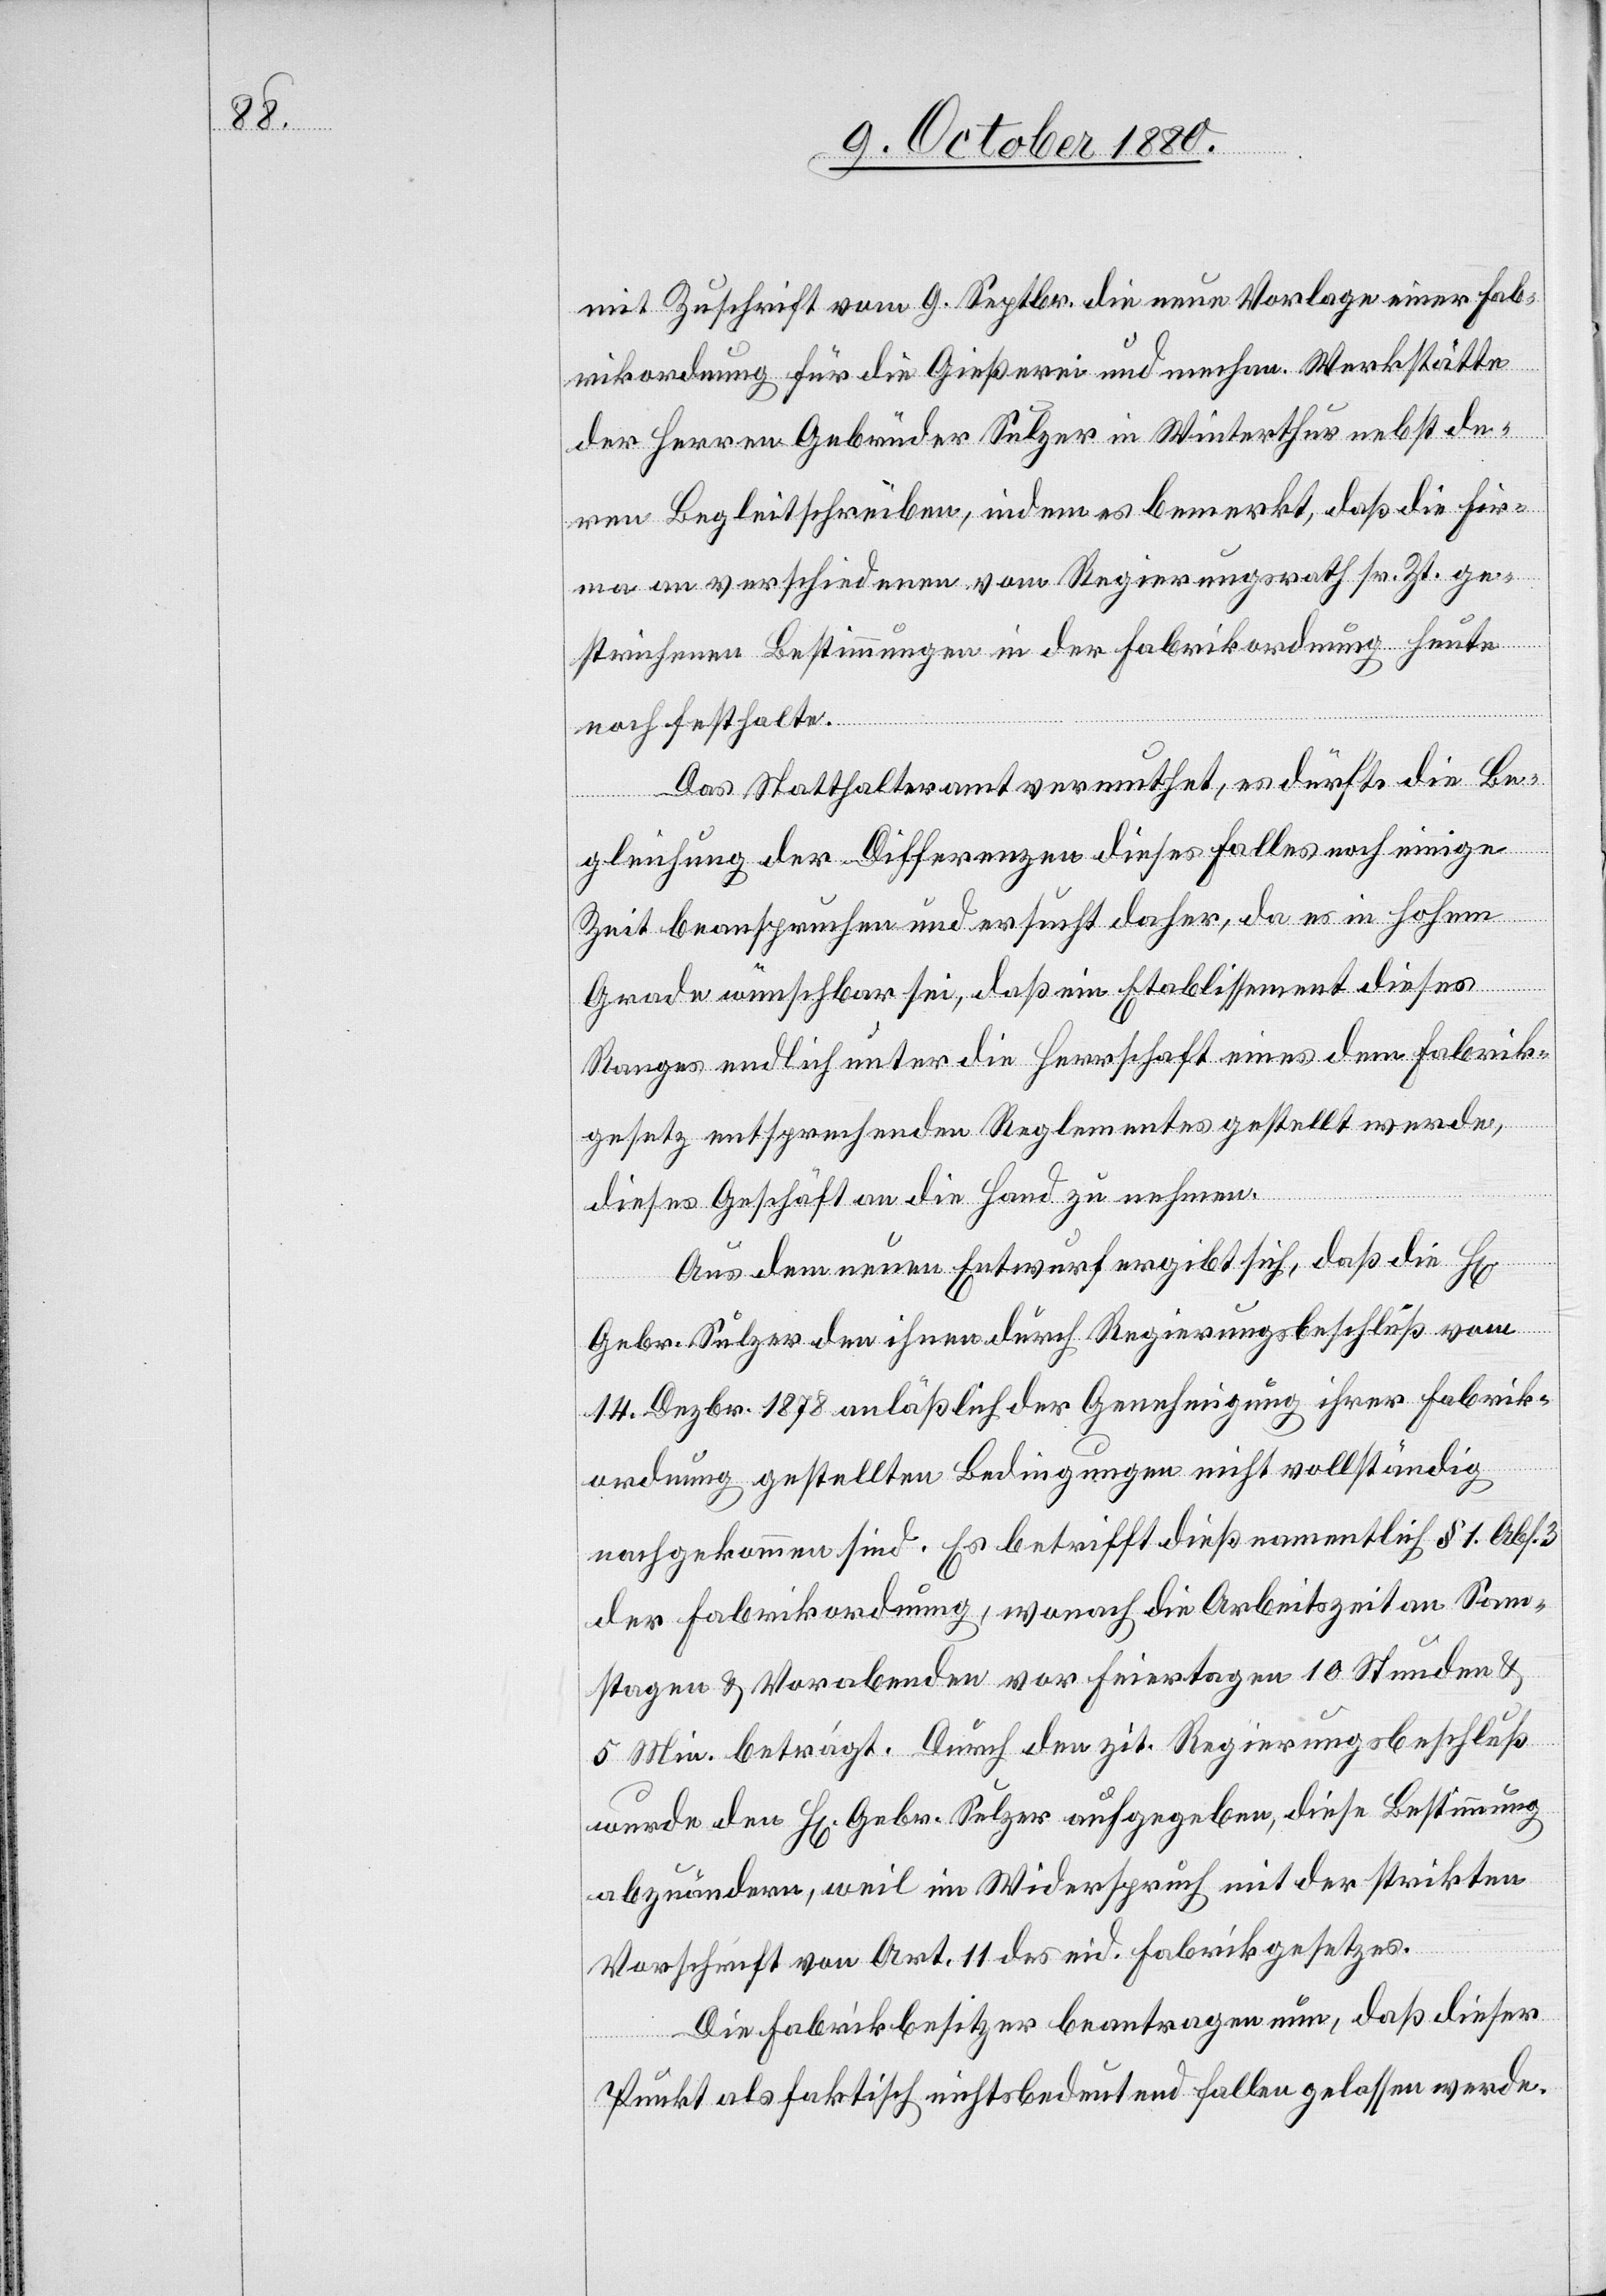
mit Zuschrift vom 9. Septbr. die neue Vorlage einer Fab¬
rikordnung für die Gießerei und mechan. Werkstätte
der Herren Gebrüder Sulzer in Winterthur nebst de¬
ren Begleitschreiben, indem es bemerkt, daß die Fir¬
ma an verschiedenen vom Regierungsrath sr. Zt. ge¬
strichenen Bestimmungen in der Fabrikordnung heute
noch festhalte.
Das Statthalteramt vermuthet, es dürfte die Be¬
gleichung der Differenzen dieses Falles noch einige
Zeit beanspruchen und ersucht daher, da es in hohem
Grade wünschbar sei, daß ein Etablissement dieses
Ranges endlich unter die Herrschaft eines dem Fabrik¬
gesetz entsprechenden Reglementes gestellt werde,
dieses Geschäft an die Hand zu nehmen.
Aus dem neuen Entwurf ergibt sich, daß die H[erren]
Gebr. Sulzer den ihnen durch Regierungsbeschluß vom
14. Dezbr. 1878 anläßlich der Genehmigung ihrer Fabrik¬
ordnung gestellten Bedingungen nicht vollständig
nachgekommen sind. Es betrifft dieß namentlich § 1, Abs.
der Fabrikordnung, wonach die Arbeitszeit an Sam¬
stagen & Vorabenden vor Feiertagen 10 Stunden &
5 Min. beträgt. Durch den zit. Regierungsbeschluß
wurde den H[erren] Gebr. Sulzer aufgegeben, diese Bestimmung
abzuändern, weil im Widerspruch mit der strikten
Vorschrift von Art. 11 des eid. Fabrikgesetzes.
Die Fabrikbesitzer beantragen nun, daß dieser
Punkt als faktisch nichtsbedeutend fallen gelassen werde.